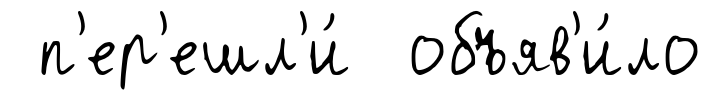
п'ер'ешл'и́ объяв'и́ло